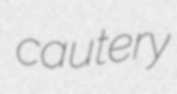
cautery